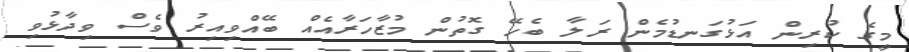
މީގެ ކުރިން އަޅުގަނޑުމެން ރަލާ ބެހޭ ގޮތުން މުޒާހަރާއެއް ބޭއްވިއިރު ވެސް ވިދާޅުވި